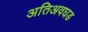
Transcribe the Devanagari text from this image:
अतिअवघड